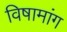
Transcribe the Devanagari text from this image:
विषामांग